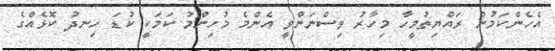
އެހެންކަމުން ރައްޔިތުމީހާ މިހާރު ވިސްނަންވީ އެންމެ މުހިންމު ކަމަކީ ކުޑަ ހިނދު ކޮޅެއްގެ